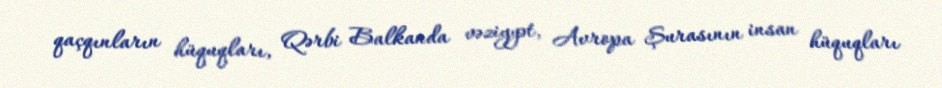
qaçqınların hüquqları, Qərbi Balkanda vəziyyət, Avropa Şurasının insan hüquqları